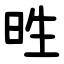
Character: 甠